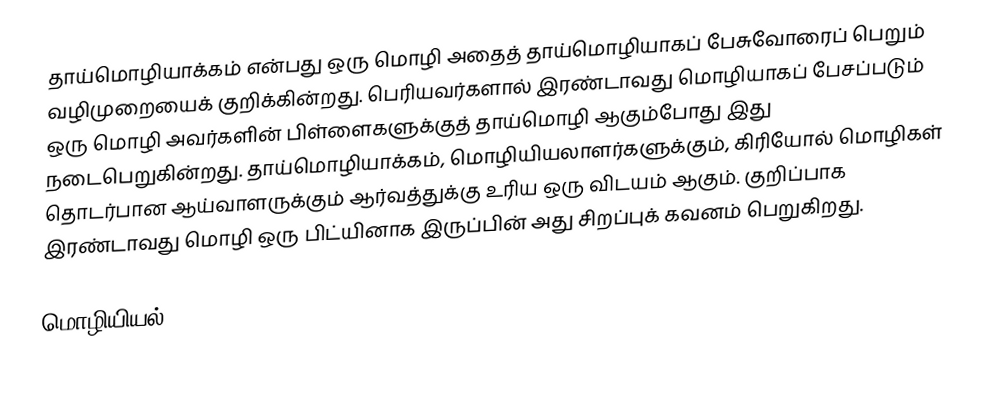
தாய்மொழியாக்கம் என்பது ஒரு மொழி அதைத் தாய்மொழியாகப் பேசுவோரைப் பெறும் வழிமுறையைக் குறிக்கின்றது. பெரியவர்களால் இரண்டாவது மொழியாகப் பேசப்படும் ஒரு மொழி அவர்களின் பிள்ளைகளுக்குத் தாய்மொழி ஆகும்போது இது நடைபெறுகின்றது. தாய்மொழியாக்கம், மொழியியலாளர்களுக்கும், கிரியோல் மொழிகள் தொடர்பான ஆய்வாளருக்கும் ஆர்வத்துக்கு உரிய ஒரு விடயம் ஆகும். குறிப்பாக இரண்டாவது மொழி ஒரு பிட்யினாக இருப்பின் அது சிறப்புக் கவனம் பெறுகிறது.

மொழியியல்